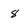
Character: 8